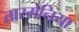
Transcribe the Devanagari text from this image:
तास्मेनिया